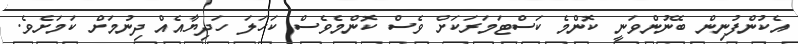
އެކުންފުނިން ބޭނުންވަނީ ކޮންމެ ކަސްޓަމަރަކަށް ވެސް ކޮންމެވެސް ކަހަލަ ހަދިޔާއެއް ދިނުމަށް ކަމަށެވެ.